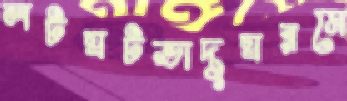
লটঘটভাদুঘরমে